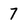
Character: 7